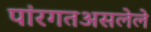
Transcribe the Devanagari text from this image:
पांरगतअसलेले